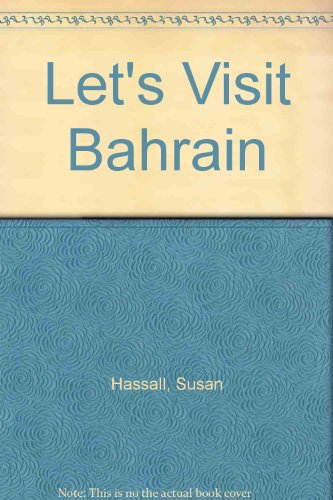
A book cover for Let's Visit Bahrain; S. & P. J. Hassall; History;